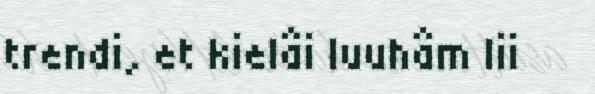
trendi, et kielâi luuhâm lii